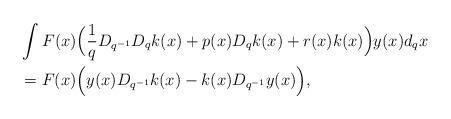
LaTeX: \begin{align*} & \int F(x) \Big( \frac{1}{q} D_{q^{-1}} D_qk(x)+ p(x) D_q k(x) +r(x) k(x)\Big) y(x) d_qx \\&= F(x)\Big ( y(x) D_{q^{-1}}k(x) - k(x) D_{q^{-1}}y(x) \Big),\end{align*}